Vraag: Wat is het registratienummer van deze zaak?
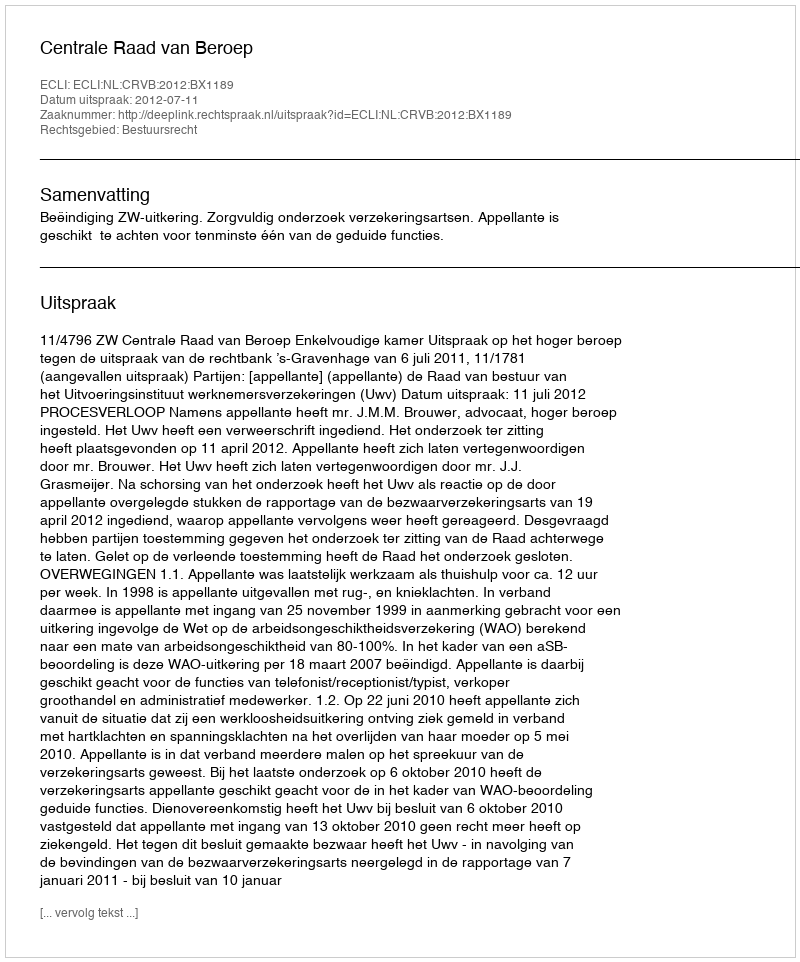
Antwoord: http://deeplink.rechtspraak.nl/uitspraak?id=ECLI:NL:CRVB:2012:BX1189